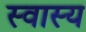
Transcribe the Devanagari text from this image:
स्वास्य